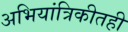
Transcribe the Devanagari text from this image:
अभियांत्रिकीतही